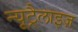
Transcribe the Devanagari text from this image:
न्यूट्रैलाइज़